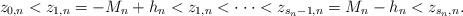
LaTeX: \begin{align*}z_{0,n}<z_{1,n}=-M_{n}+h_{n}<z_{1,n}<\cdot \cdot \cdot<z_{s_{n}-1,n}=M_{n}-h_{n}<z_{s_{n},n}. \end{align*}